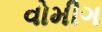
વોમીગ